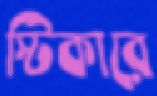
স্টিকারে